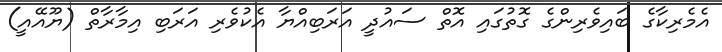
އެމެރިކާގެ ބައިވެރިންގެ ގޮތުގައި އޮތް ސައުދީ އަރަބިއްޔާ އެކުވެރި އަރަބި އިމާރާތް (ޔޫއޭއީ)